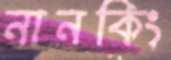
নানকিং